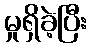
မှုရှိခဲ့ပြီး